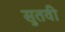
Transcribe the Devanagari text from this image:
सुतवी